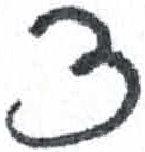
אות: צ